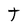
Character: t